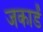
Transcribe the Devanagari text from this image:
जकाडें